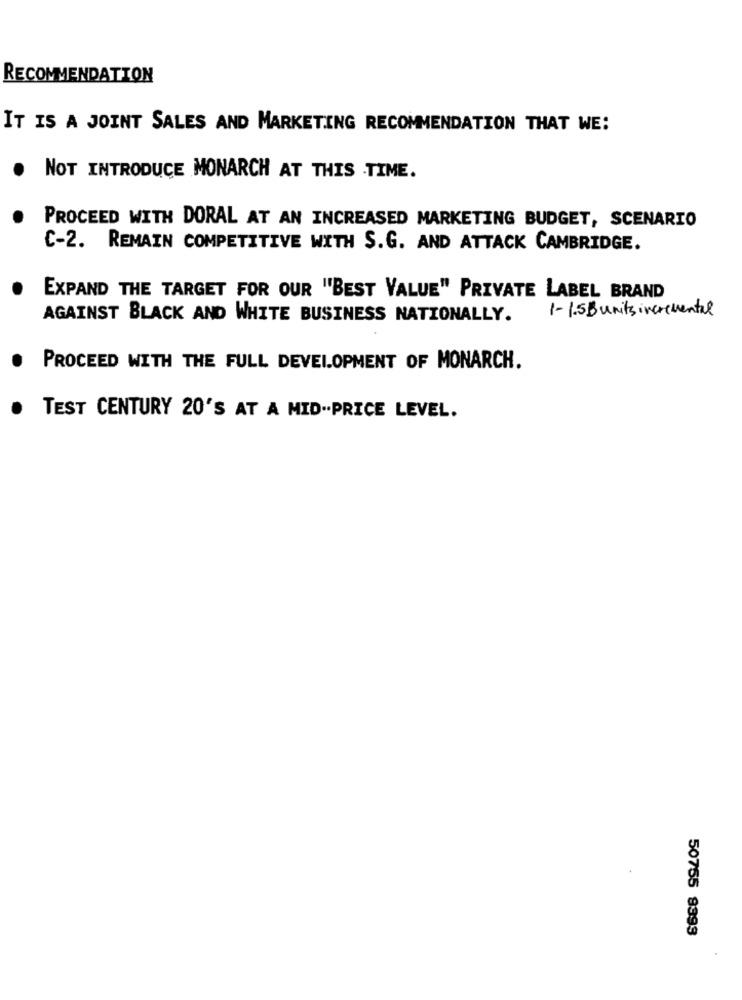
RECOMMENDATION
IT IS A JOINT SALES AND MARKETING RECOMMENDATION THAT WE:
NOT INTRODUCE MONARCH AT THIS TIME.
PROCEED WITH DORAL AT AN INCREASED MARKETING BUDGET, SCENARIO
C-2. REMAIN COMPETITIVE WITH S.G. AND ATTACK CAMBRIDGE.
EXPAND THE TARGET FOR OUR "BEST VALUE" PRIVATE LABEL BRAND
1-1.5 B units incremental
AGAINST BLACK AND WHITE BUSINESS NATIONALLY.
PROCEED WITH THE FULL DEVELOPMENT OF MONARCH.
.
TEST CENTURY 20'S AT A MID .. PRICE LEVEL.
50755 9393